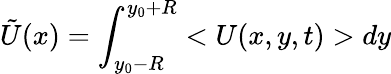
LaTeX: \tilde{U}(x)=\int_{y_{0}-R}^{y_{0}+R}<U(x,y,t)>dy